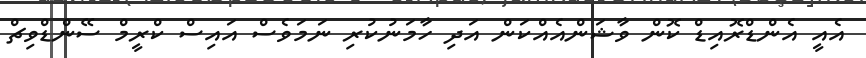
އެއީ އެންޑްރޮއިޑް ކޮން ވާޝަންއެއްކަން އަދި ހާމަނުކުރި ނަމަވެސް އައިސް ކްރީމް ސޭންޑްވިޗް